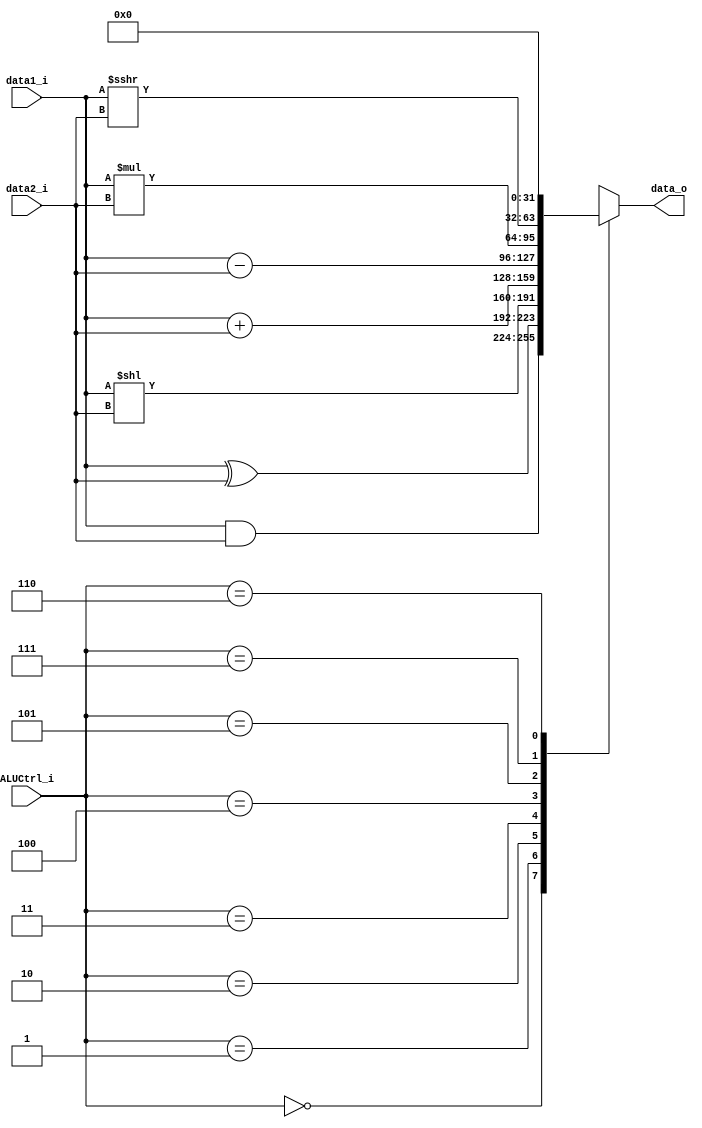
// 3-bit alucontrol signal for 8 ops
// self-defined; not follwing risc-v format
`define AND 3'b000
`define XOR 3'b001
`define SLL 3'b010
`define ADD 3'b011 // Addi
`define SUB 3'b100
`define MUL 3'b101
`define NoOp 3'b110 // Branch
`define SRAI 3'b111
// Lab 1 updates

module ALU(data1_i, data2_i, ALUCtrl_i, data_o);
input signed [31:0] data1_i, data2_i;// 32-bit // remember the sign
input [2:0] ALUCtrl_i; // 3-bit
// put the output into a register
output reg signed [31:0] data_o; //32-bit
// Use the op
// code part of your instruction word to select which multiplexer input to use for the addition.
// reg: value can only be changed inside always block

always @(*)
begin
    case (ALUCtrl_i)
        `AND: data_o = data1_i & data2_i;
        `XOR: data_o = data1_i ^ data2_i; // XOR: exclusive OR
        `SLL: data_o = data1_i << data2_i; //pad 0 at final {data2_i} pos
        `ADD: data_o = data1_i + data2_i; // LS, ADDI: // immediate operand source dealt with at ALUSrc MUX
        `SUB: data_o = data1_i - data2_i;
        `MUL: data_o = data1_i * data2_i;
        `SRAI: data_o = data1_i >>> data2_i; // arithmetic shift right (immed)
        `NoOp: data_o = 32'b0;
        default: data_o = data1_i + data2_i;
    endcase
    // Zero_o is True (1) of data_o is zero
    // assign signal A = (contition) ? (True Signal) : (False Signal)
end
endmodule

// testbench
/*
module ALU_tb;
reg [9:0] A, B;
reg [2:0] select; //ALU control signal
wire [9:0] O;
wire isZero;
ALU uut(A, B, select, O); //by-order passing arguments
initial
	begin
		$dumpfile("ALU.vcd"); //fsdb vcd
		$dumpvars(0, ALU_tb);
        // will cause warning; Verilog pads zero to higher bits

		#50 A = 10'b0001000000; B = 10'b0000001111; select = 3'b100; // SUB
        $monitor("A = %d, B = %d, select = %b | O = %d ",A, B, select, O);
        #50 A = 10'b1111000000; B = 10'b1000001111; select= 3'b011; // ADD
        $monitor("A = %d, B = %d, select = %b | O = %d ",A, B, select, O);
        #50 A = 10'b000000100; B = 10'b1111111110; select = 3'b101; //MUL
        $monitor("A = %d, B = %d, select = %b | O = %d ",A, B, select, O);
        #50 A = 10'b1111111000; B = 10'b0000000100; select = 3'b010; // SLL
        $monitor("A = %d, B = %d, select = %b | O = %d ",A, B, select, O);
        #50 A = 10'b1111100010; B = 10'b0000000010; select = 3'b111; //SRAI 2
        $monitor("A = %d, B = %d, select = %b | O = %d ",A, B, select, O);
        #50 A = 10'b1111100010; B = 10'b0000000110; select = 3'b111; //SRAI 6
        $monitor("A = %d, B = %d, select = %b | O = %d", A, B, select, O);

        #50 A = 10'b100010010; B = 10'b0000000111; select = 3'b110;
        $monitor("A = %d, B = %d, select = %b | O = %d", A, B, select, O);


        #50 A = 10'b0000111111; B = 10'b0000000010; select = 3'b111; //SRAI 2
        $monitor("A = %d, B = %d, select = %b | O = %d", A, B, select, O);

        // bitwise operations
        #50 A = 10'b1000100010; B = 10'b000000011; select = 3'b000; //AND
        $monitor("A = %d, B = %d, select = %b | O = %d ",A, B, select, O);
        #50 A = 10'b1000100010; B = 10'b000000011; select = 3'b001; //XOR
        $monitor("A = %d, B = %d, select = %b | O = %d ",A, B, select, O);
        #50 $finish;
	end
endmodule
*/